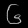
Digit: ၆